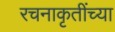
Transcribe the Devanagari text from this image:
रचनाकृतींच्या